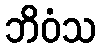
ဘိဝံသ